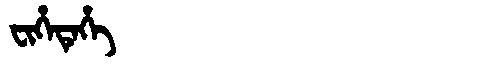
Manchu: ᠸᡳᡥᡝᡨᡝᡥᡝ
Romanization: FIHETEHE